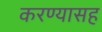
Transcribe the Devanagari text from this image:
करण्यासह